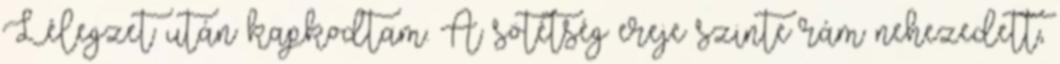
Lélegzet után kapkodtam. A sötétség ereje szinte rám nehezedett,